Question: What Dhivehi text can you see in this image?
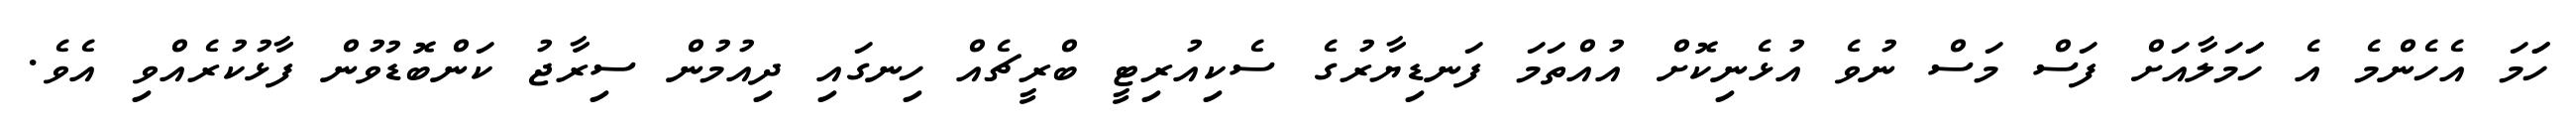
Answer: ހަަމަ އެހެންމެ އެ ހަަމަލާއަށް ފަސް މަސް ނުވެ އުޅެނިކޮށް އުއްތަމަ ފަނޑިޔާރުގެ ސެކިއުރިޓީ ބްރީޗެއް ހިނގައި ދިއުމުން ސިރާޖު ކަންބޮޑުވުން ފާޅުކުރެއްވި އެވެ.